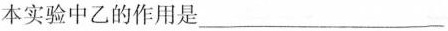
本实验中乙的作用是___